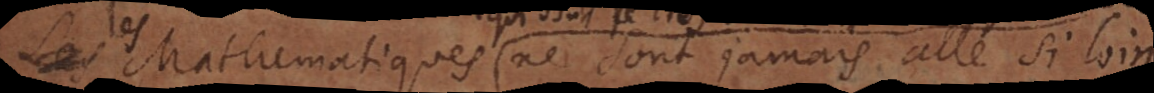
les Mathematiques, ne sont jamais allé si loin,